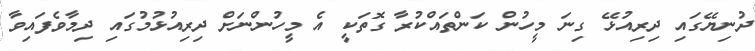
ދުނިޔޭގައި ދިރިއުޅޭ ގިނަ މީހުން ކަންތައްކުރާ ގޮތަކީ އެ މީހުންނަށް ދިރިއުޅުމުގައި ދިމާވެފައިވާ